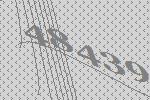
48439